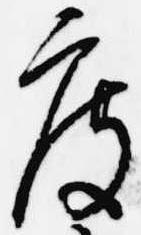
度